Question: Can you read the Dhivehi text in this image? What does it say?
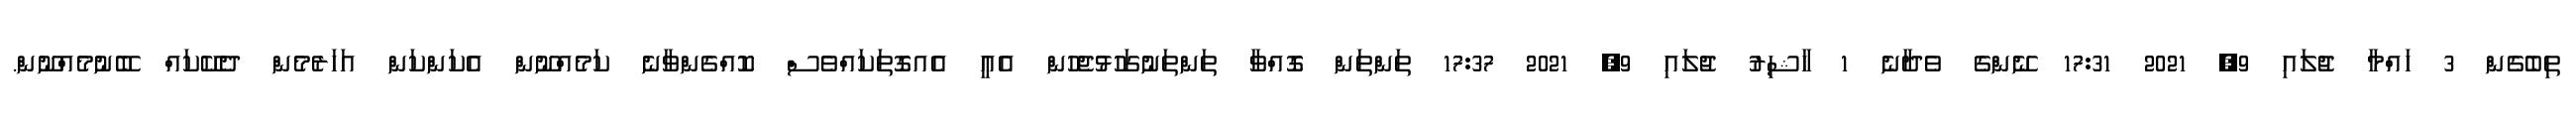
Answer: ތިބެގެން 3 ހައްމާ ޖުލައި 9, 2021 17:31 ނޭންގެ ވެދާނެ 1 ހާޝިރު ޖުލައި 9, 2021 17:37 ތަންތަން ގޮއްވާ ތަންތަނުގަހުޅުޖެހުން އެއީ އެއގޮތަކައްވެސް ކޮއްގެންވާނެ ކަމެއްނޫން އެކަންކަން އަހަރެމެން ދެކޭކައް ބޭނުމެއްނޫން.